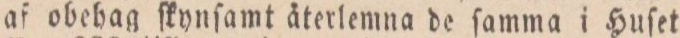
Telegram till Kriſtianſtadsbladet. Wid gemenſam votering i dag, är beklagligtwis norrn och öftra ſtambanornas hyggande för ſtatens räkning beſlutadt.    Olsſon.